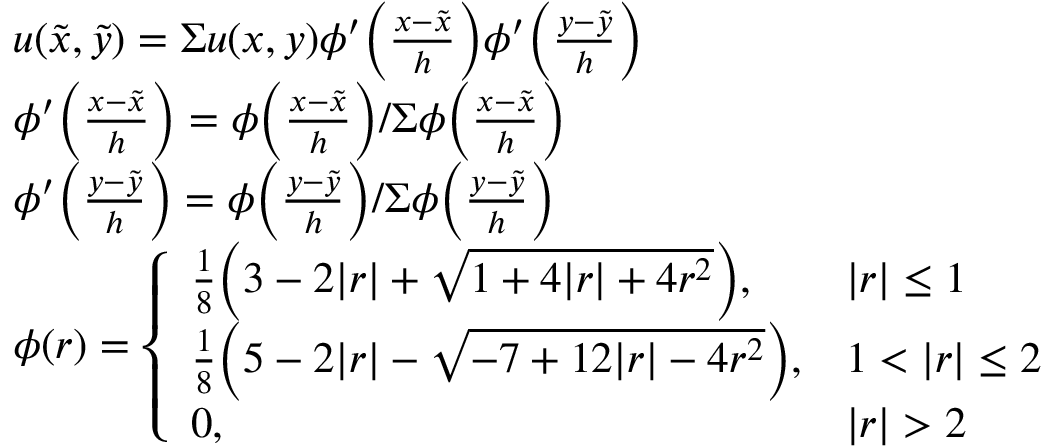
\begin{array} { r l } & { u ( \Tilde { x } , \Tilde { y } ) = \Sigma u ( x , y ) \phi ^ { \prime } \Bigl ( \frac { x - \Tilde { x } } { h } \Bigr ) \phi ^ { \prime } \Bigl ( \frac { y - \Tilde { y } } { h } \Bigr ) } \\ & { \phi ^ { \prime } \Bigl ( \frac { x - \Tilde { x } } { h } \Bigr ) = \phi \Bigl ( \frac { x - \Tilde { x } } { h } \Bigr ) / \Sigma \phi \Bigl ( \frac { x - \Tilde { x } } { h } \Bigr ) } \\ & { \phi ^ { \prime } \Bigl ( \frac { y - \Tilde { y } } { h } \Bigr ) = \phi \Bigl ( \frac { y - \Tilde { y } } { h } \Bigr ) / \Sigma \phi \Bigl ( \frac { y - \Tilde { y } } { h } \Bigr ) } \\ & { \phi ( r ) = \left\{ \begin{array} { l l } { \frac { 1 } { 8 } \Bigl ( 3 - 2 | r | + \sqrt { 1 + 4 | r | + 4 r ^ { 2 } } \Bigr ) , } & { | r | \leq 1 } \\ { \frac { 1 } { 8 } \Bigl ( 5 - 2 | r | - \sqrt { - 7 + 1 2 | r | - 4 r ^ { 2 } } \Bigr ) , } & { 1 < | r | \leq 2 } \\ { 0 , } & { | r | > 2 } \end{array} \right. } \end{array}